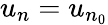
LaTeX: u_{n}=u_{n_{0}}